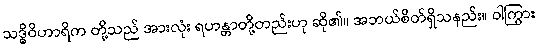
သဒ္ဓိဝိဟာရိက တို့သည် အားလုံး ရဟန္တာတို့တည်းဟု ဆို၏။ အဘယ်စိတ်ရှိသနည်း။ ဝါကြွား